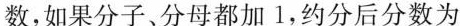
数，如果分子、分母都加1，约分后分数为